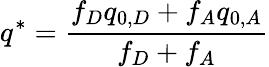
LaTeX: q^{*}={\frac{f_{D}q_{0,D}+f_{A}q_{0,A}}{f_{D}+f_{A}}}